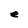
Character: e